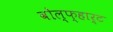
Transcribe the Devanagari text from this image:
वोल्फ्हार्ट